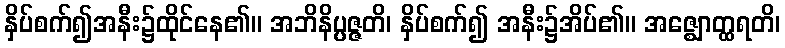
နှိပ်စက်၍အနီး၌ထိုင်နေ၏။ အဘိနိပ္ပဇ္ဇတိ၊ နှိပ်စက်၍ အနီး၌အိပ်၏။ အဇ္ဈောတ္ထရတိ၊